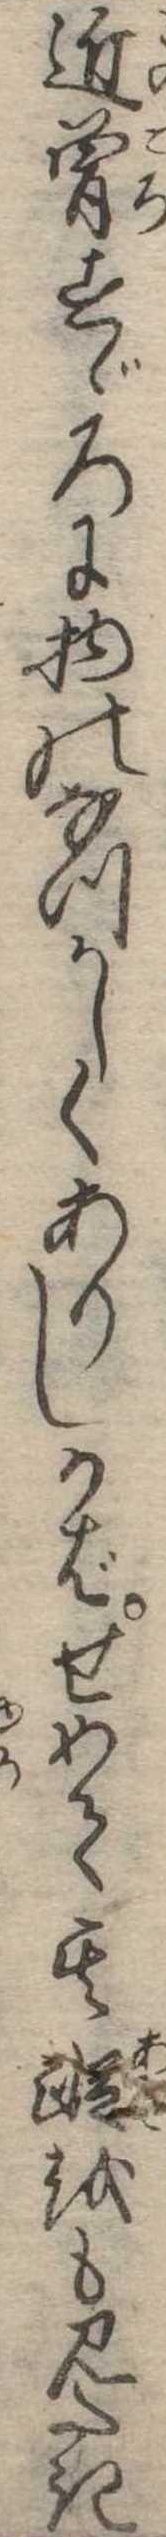
近曽すゞろに物のなつかしくありしかばせめて其蹤をも見たき